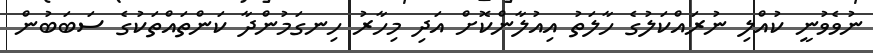
ނުވެވުނީ ކުއްލި ނުރައްކަލުގެ ހާލަތު އިއުލާންކޮށް އަދި މިހާރު ހިނގަމުންދާ ކަންތައްތަކުގެ ސަބަބުން